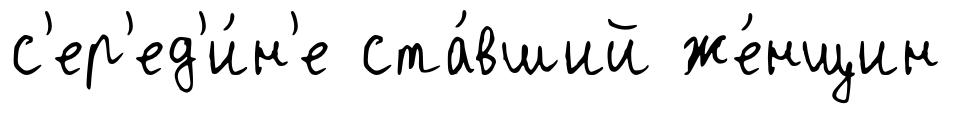
с'ер'ед'и́н'е ста́вший же́нщин